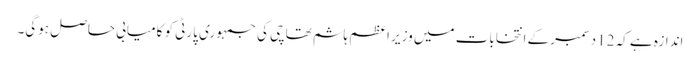
اندازہ ہے کہ 12 دسمبر کے انتخابات میں وزیر اعظم ہاشم تھاچی کی جمہوری پارٹی کو کامیابی حاصل ہوگی۔